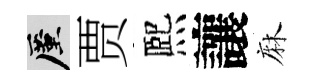
厪贾熈讓麻